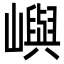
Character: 嶼